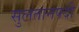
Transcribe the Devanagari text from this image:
सुलतानपदी